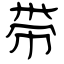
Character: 带